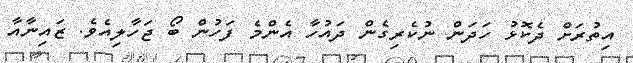
އިތުރަށް ދެކޮޅު ހަދަން ނުކެރިގެން ދައުހާ އެންމެ ފަހުން ބޯ ޖަހާލިއެވެ. ޒައިނާއާ